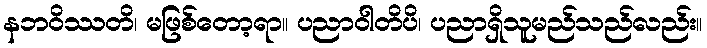
နဘဝိဿတိ၊ မဖြစ်တော့ရာ။ ပညာဝါတိပိ၊ ပညာရှိသူမည်သည်လည်း။